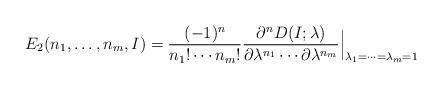
\begin{align*}E_2(n_1,\ldots,n_m,I)={(-1)^n\over n_1!\cdots n_m!}{\partial^n D(I;\lambda)\over\partial\lambda^{n_1}\cdots\partial\lambda^{n_m}}\Bigr\vert_{\lambda_1=\cdots=\lambda_m=1}\end{align*}